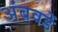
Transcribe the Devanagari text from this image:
अंबवडें